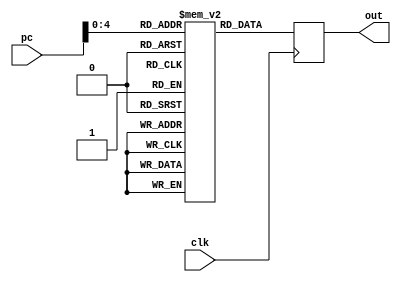
module IF (out,pc,clk);

output reg [31:0] out;
input [31:0] pc;
input clk;

reg [31:0] regs[0:31];

always@(posedge clk)
begin
  out<= regs[pc];
end
endmodule